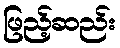
ဖြည့်ဆည်း